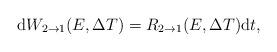
LaTeX: \begin{align*}{\rm d}W_{2\rightarrow 1}(E,\Delta T)= R_{2\rightarrow 1}(E,\Delta T){\rm d}t, \end{align*}